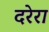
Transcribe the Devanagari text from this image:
दरेरा